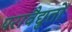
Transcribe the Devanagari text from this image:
परावैद्युतों